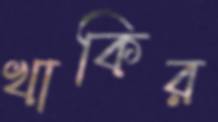
খাকির